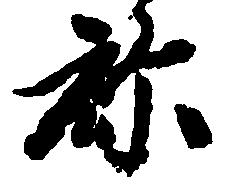
弥